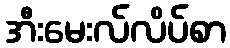
အီးမေးလ်လိပ်စာ